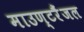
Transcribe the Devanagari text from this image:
माउण्टरैंजल